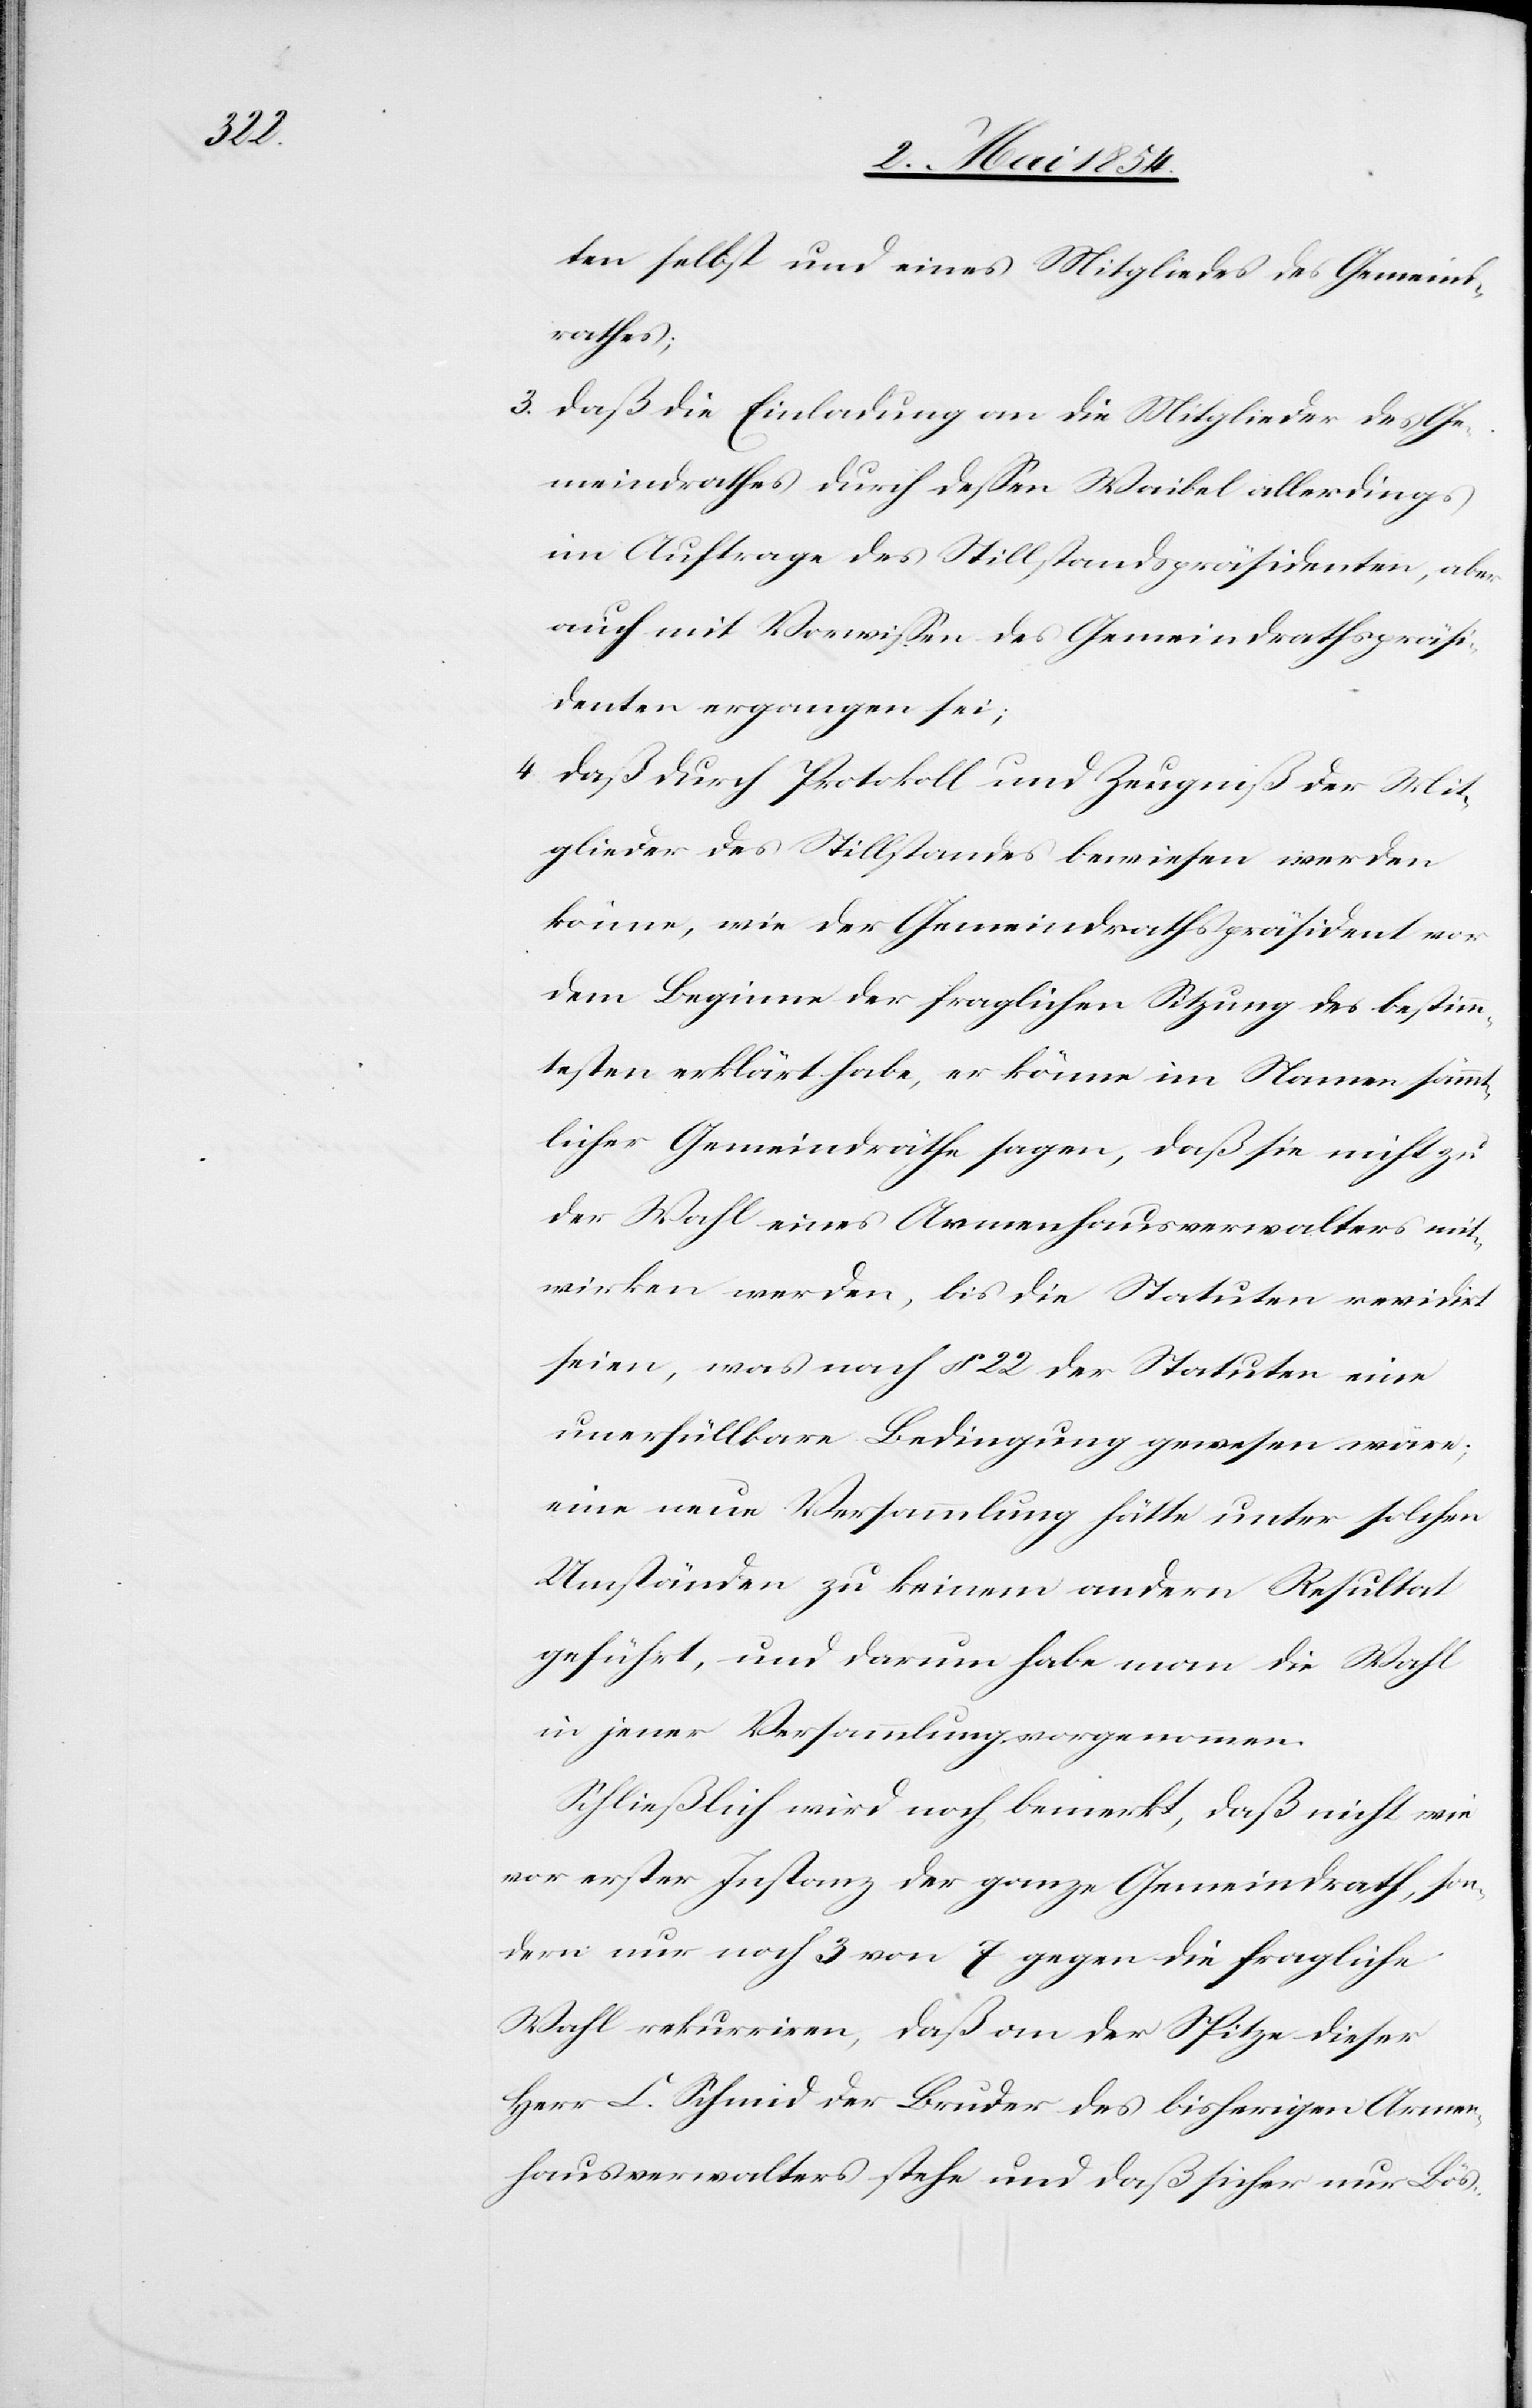
ten selbst und eines Mitgliedes des Gemeind¬
rathes;
3. daß die Einladung an die Mitglieder des Ge¬
meindrathes durch deßen Waibel allerdings
im Auftrages des Stillstandspräsidenten, aber
auch mit Vorwißen des Gemeindrathspräsi¬
denten ergangen sei;
4. daß durch Protokoll und Zeugniß der Mit¬
glieder des Stillstandes bewiesen werden
könne, wie der Gemeindrathspräsident vor
dem Beginne der fraglichen Sitzung des bestimm¬
testen erklärt habe, er könne im Namen sämmt¬
licher Gemeindräthe sagen, daß sie nicht zu
der Wahl eines Armenhausverwalters mit¬
wirken werden, bis die Statuten revidirt
seien, was nach § 22 der Statuten eine
unerfüllbare Bedingung gewesen wäre;
eine neue Versammlung hätte unter solchen
Umständen zu keinem andern Resultat
geführt, und darum habe man die Wahl
in jener Versammlung vorgenommen.
Schließlich wird noch bewirkt, daß nicht wie
vor erster Instanz der ganze Gemeindrath, son¬
dern nur noch 3 von 7 gegen die fragliche
Wahl rekurriren, daß an der Spitze dieser
Herr C. Schmid der Bruder des bisherigen Armen¬
hausverwalters stehe und daß sicher nur Bös-